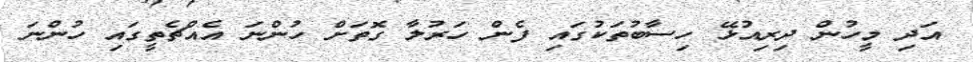
އަދި މީހުން ދިރިއުޅޭ ހިސާބުތަކުގައި ފެން ހަރުލާ ގޮތަށް ހުންނަ އެއްޗެތީގައި ހުންނަ